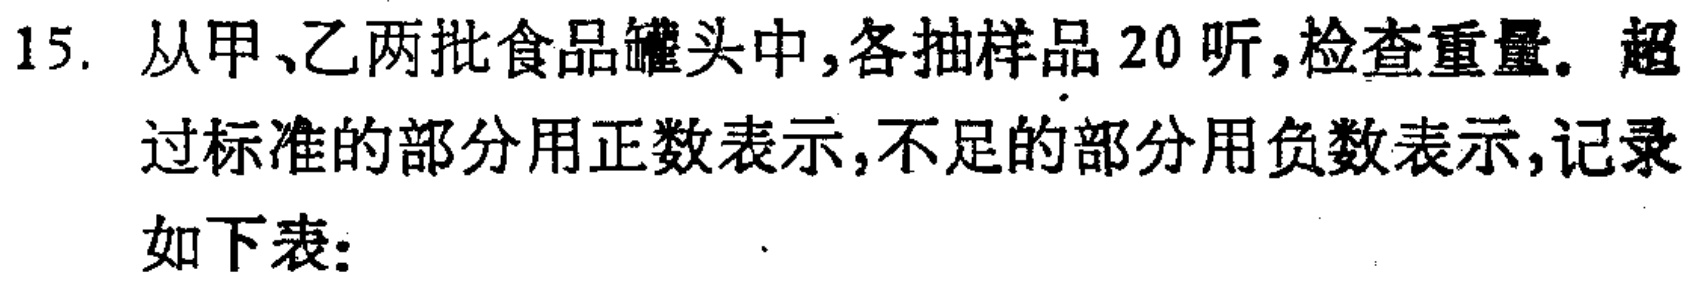
15. 从甲、乙两批食品罐头中,各抽样品 20 听,检查重量。超过标准的部分用正数表示,不足的部分用负数表示,记录如下表：